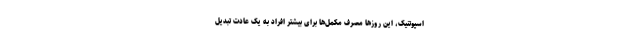
اسپوتنیک، این روزها مصرف مکمل‌ها برای بیشتر افراد به یک عادت تبدیل